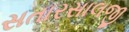
સતારસાલજી